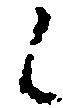
候